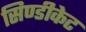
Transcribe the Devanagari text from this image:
सिण्डीकेट